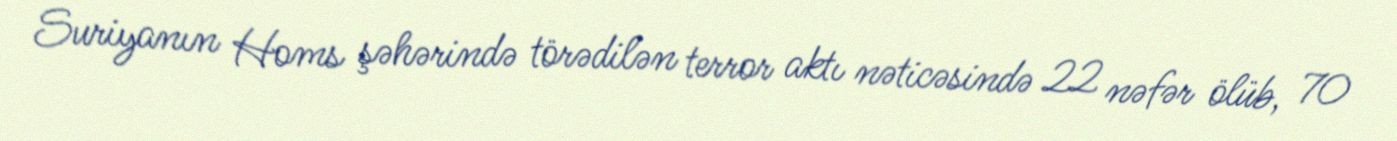
Suriyanın Homs şəhərində törədilən terror aktı nəticəsində 22 nəfər ölüb, 70